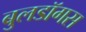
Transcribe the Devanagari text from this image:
बुलडॉगस